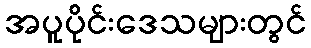
အပူပိုင်းဒေသများတွင်